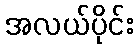
အလယ်ပိုင်း